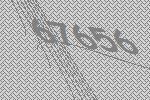
67656